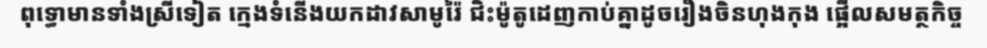
ពុទ្ធោមានទាំងស្រីទៀត ក្មេងទំនើងយកដាវសាមូរ៉ៃ ជិះម៉ូតូដេញកាប់គ្នាដូចរឿងចិនហុងកុង ផ្អើលសមត្ថកិច្ច